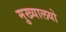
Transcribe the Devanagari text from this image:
मुख्यालयो